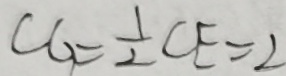
C G = \frac { 1 } { 2 } C E = 2